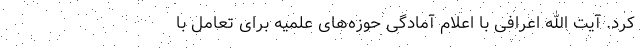
کرد. آیت الله اعرافی با اعلام آمادگی حوزه‌های علمیه برای تعامل با